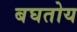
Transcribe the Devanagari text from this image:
बघतोय